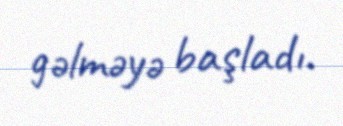
gəlməyə başladı.